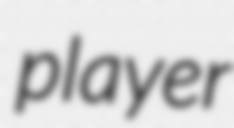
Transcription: player